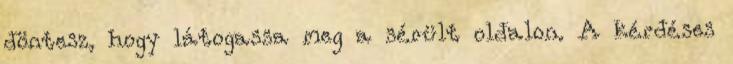
döntesz, hogy látogassa meg a sérült oldalon. A kérdéses